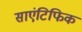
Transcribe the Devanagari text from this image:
साएंटिफिक